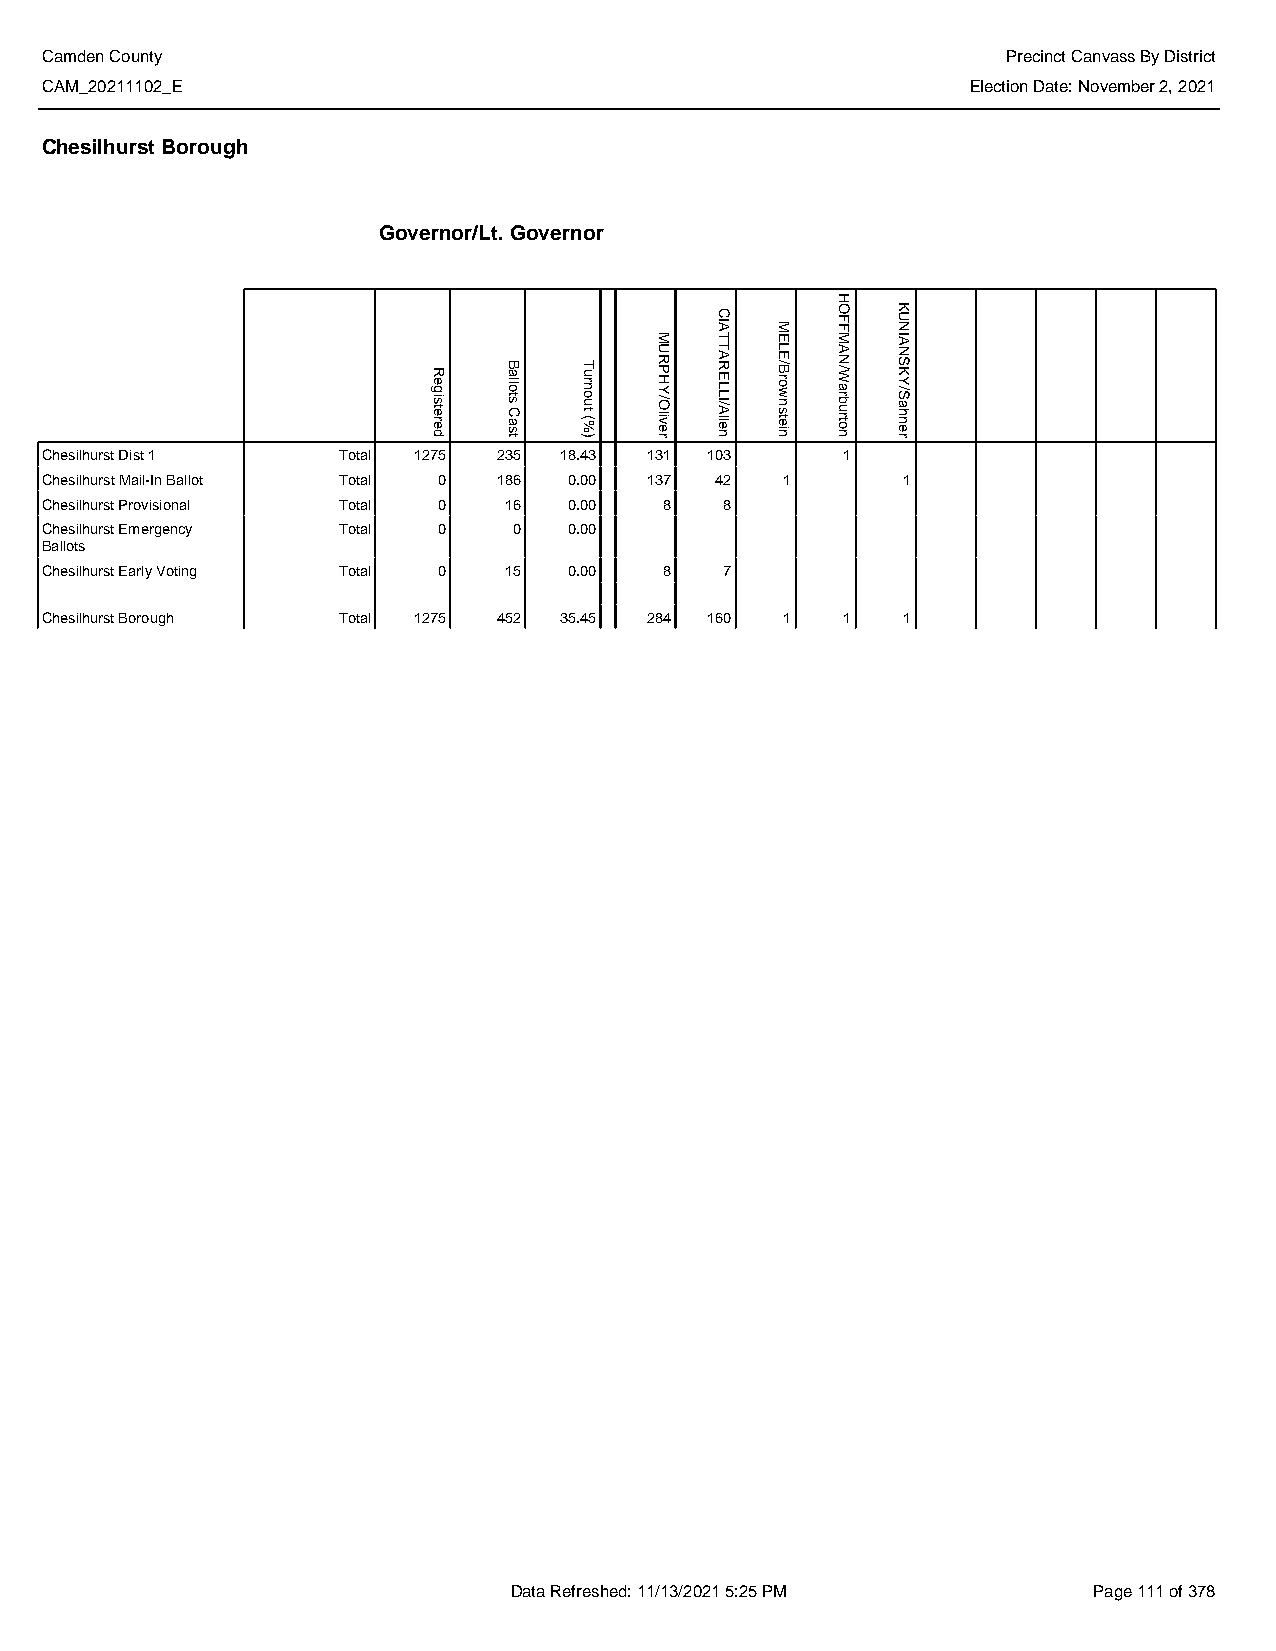
Camden County                                                   Precinct Canvass By District
 CAM_20211102_E                                               Election Date: November 2, 2021
 Chesilhurst Borough
 Governor/Lt. Governor
 Chesilhurst Dist 1 Total 1275 235 18.43 131 103      1
 Chesilhurst Mail-In Ballot Total 0 186 0.00 137 42 1     1
 Chesilhurst Provisional Total 0 16 0.00  8   8
 Chesilhurst Emergency Total 0  0   0.00
 Ballots
 Chesilhurst Early Voting Total 0 15 0.00 8   7
 Chesilhurst Borough Total 1275 452 35.45 284 160 1   1   1
 Data Refreshed: 11/13/2021 5:25 PM    Page 111 of 378
 Registered
 Ballots
 Cast
 Turnout
 (%)
 MURPHY/Oliver
 CIATTARELLI/Allen
 MELE/Brownstein
 HOFFMAN/Warburton
 KUNIANSKY/Sahner